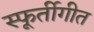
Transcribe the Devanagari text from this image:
स्फूर्तीगीत